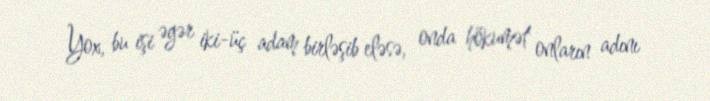
Yox, bu işi əgər iki-üç adam birləşib eləsə, onda hökumət onların adını